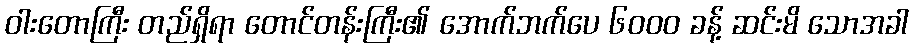
ဝါးတောကြီး တည်ရှိရာ တောင်တန်းကြီး၏ အောက်ဘက်ပေ ၆၀၀၀ ခန့် ဆင်းမိ သောအခါ